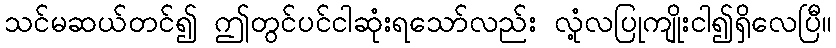
သင်မဆယ်တင်၍ ဤတွင်ပင်ငါဆုံးရသော်လည်း လုံ့လပြုကျိုးငါ၍ရှိလေပြီ။